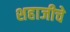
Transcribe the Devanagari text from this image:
शहाजीचे